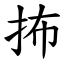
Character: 抪